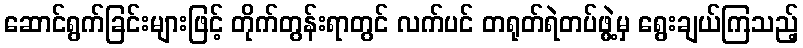
ဆောင်ရွက်ခြင်းများဖြင့် တိုက်တွန်းရာတွင် လက်ပင် တရုတ်ရဲတပ်ဖွဲ့မှ ရွေးချယ်ကြသည့်